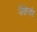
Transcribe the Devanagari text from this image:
पैसेजंर